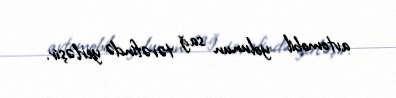
avtomobil yolunun sağ tərəfində yerləşir.